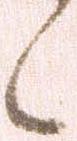
候